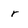
Character: r